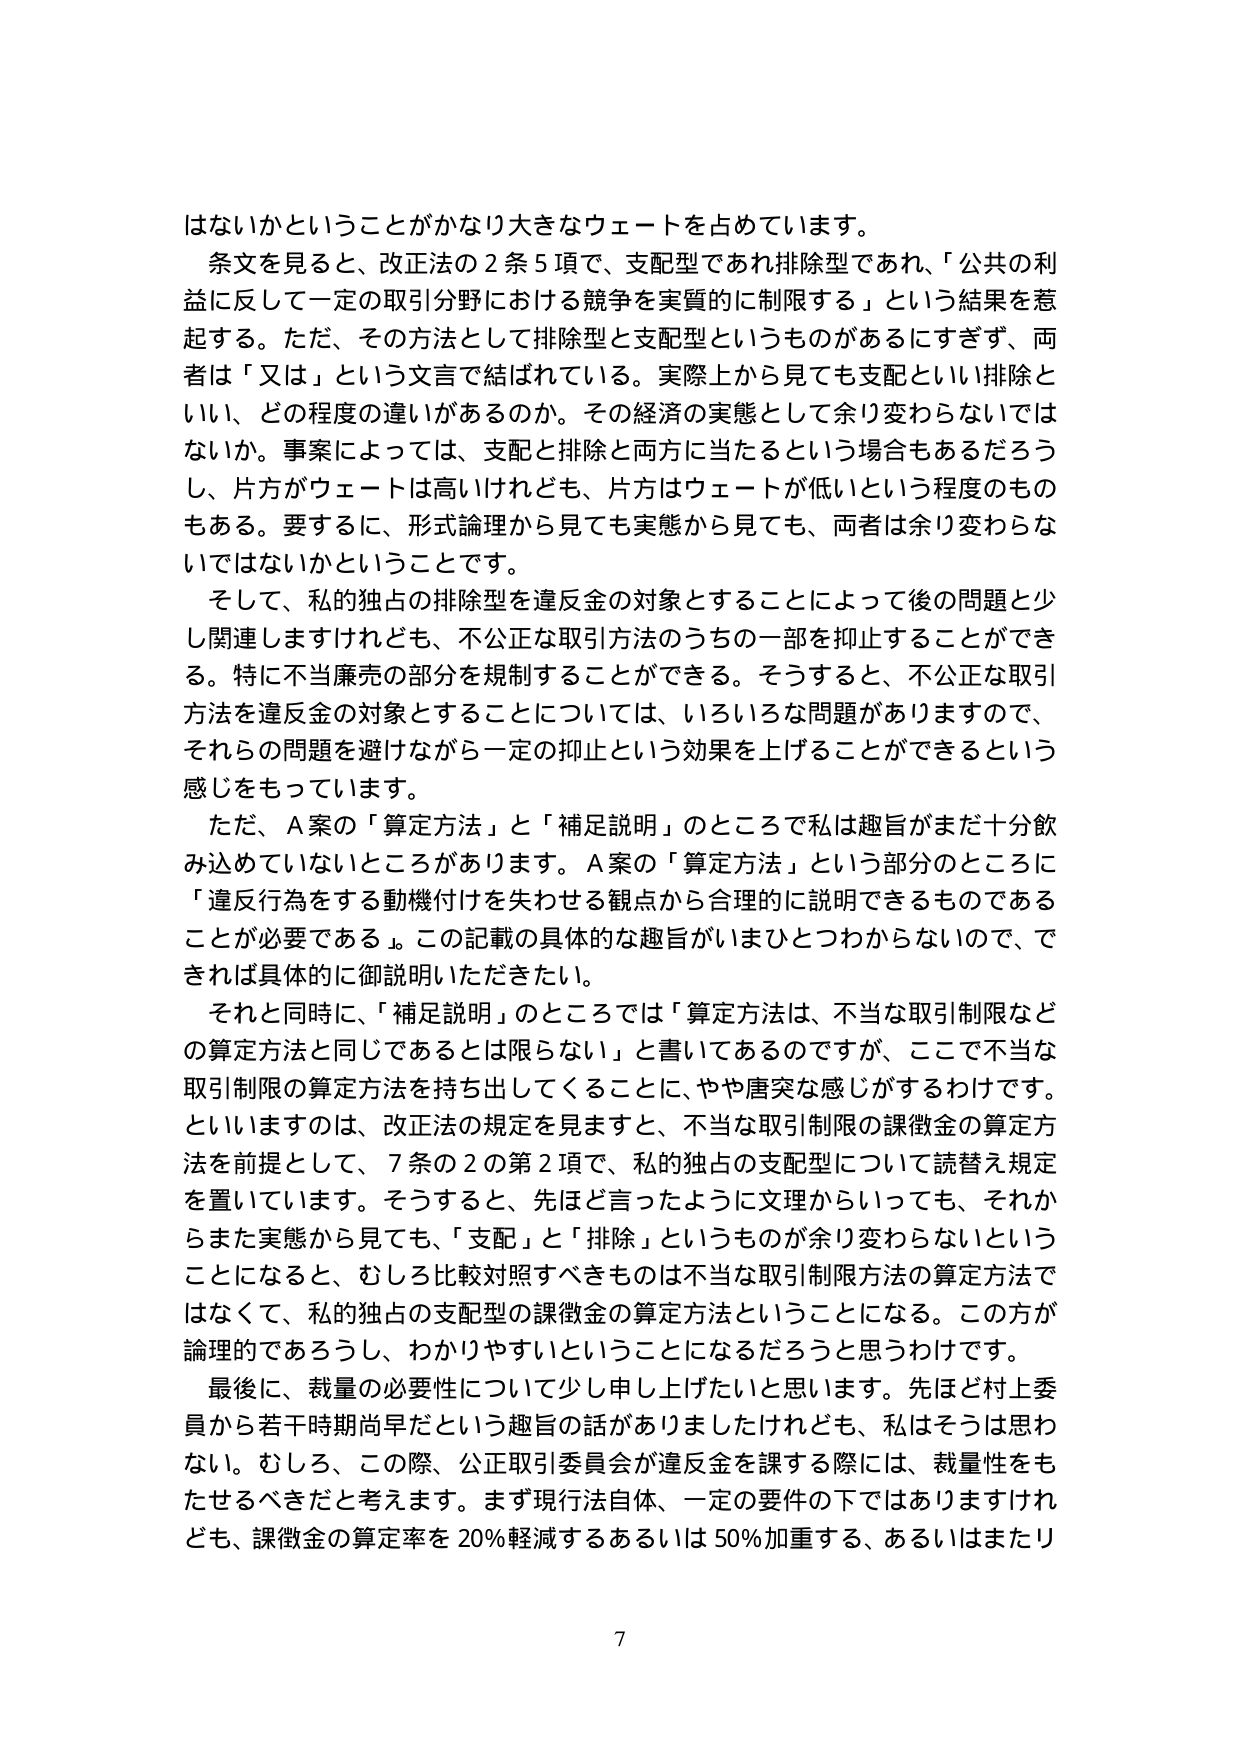
はないかということがかなり大きなウェートを占めています。
条文を見ると、改正法の２条５項で、支配型であれ排除型であれ、「公共の利益に反して一定の取引分野における競争を実質的に制限する」という結果を惹起する。ただ、その方法として排除型と支配型というものがあるにすぎず、両者は「又は」という文言で結ばれている。実際上から見ても支配といい排除といい、どの程度の違いがあるのか。その経済の実態として余り変わらないではないか。事案によっては、支配と排除と両方に当たるという場合もあるだろうし、片方がウェートは高いけれども、片方はウェートが低いという程度のものもある。要するに、形式論理から見ても実態から見ても、両者は余り変わらないではないかということです。
そして、私的独占の排除型を違反金の対象とすることによって後の問題と少し関連しますけれども、不公正な取引方法のうちの一部を抑止することができる。特に不当廉売の部分を規制することができる。そうすると、不公正な取引方法を違反金の対象とすることについては、いろいろな問題がありますので、それらの問題を避けながら一定の抑止という効果を上げることができるという感じをもっています。
ただ、Ａ案の「算定方法」と「補足説明」のところで私は趣旨がまだ十分飲み込めていないところがあります。Ａ案の「算定方法」という部分のところに「違反行為をする動機付けを失わせる観点から合理的に説明できるものであることが必要である」。この記載の具体的な趣旨がいまひとつわからないので、できれば具体的に御説明いただきたい。
それと同時に、「補足説明」のところでは「算定方法は、不当な取引制限などの算定方法と同じであるとは限らない」と書いてあるのですが、ここで不当な取引制限の算定方法を持ち出してくることに、やや唐突な感じがするわけです。といいますのは、改正法の規定を見ますと、不当な取引制限の課徴金の算定方法を前提として、７条の２の第２項で、私的独占の支配型について読替え規定を置いています。そうすると、先ほど言ったように文理からいっても、それからまた実態から見ても、「支配」と「排除」というものが余り変わらないということになると、むしろ比較対照すべきものは不当な取引制限方法の算定方法ではなくて、私的独占の支配型の課徴金の算定方法ということになる。この方が論理的であろうし、わかりやすいということになるだろうと思うわけです。
最後に、裁量の必要性について少し申し上げたいと思います。先ほど村上委員から若干時期尚早だという趣旨の話がありましたけれども、私はそうは思わない。むしろ、この際、公正取引委員会が違反金を課する際には、裁量性をもたせるべきだと考えます。まず現行法自体、一定の要件の下ではありますけれども、課徴金の算定率を20％軽減するあるいは50％加重する、あるいはまたリ
7